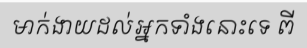
មាក់ងាយដល់អ្នកទាំងនោះទេ ពី